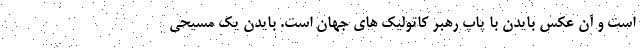
است و آن عکس بایدن با پاپ رهبر کاتولیک های جهان است. بایدن یک مسیحی